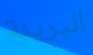
البريئة